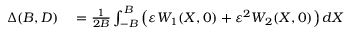
\begin{array} { r l } { \Delta ( B , D ) } & { { } = \frac { 1 } { 2 B } \int _ { - B } ^ { B } \left( \varepsilon W _ { 1 } ( X , 0 ) + \varepsilon ^ { 2 } W _ { 2 } ( X , 0 ) \right) d X } \end{array}